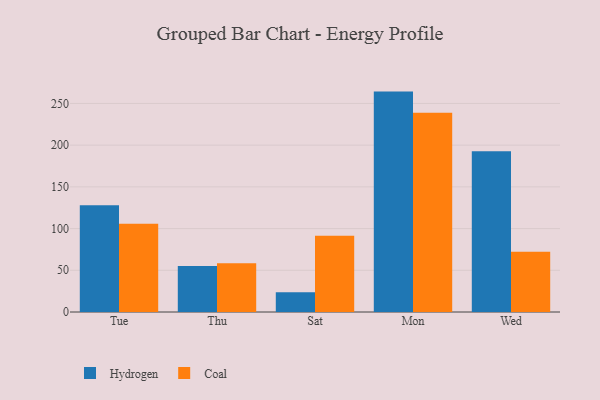
{"axis": {"x": "Day", "y": "Tickets Resolved"}, "legend": ["Coal", "Hydrogen"], "data": [{"x": "Tue", "y": 127.9, "type": "Hydrogen"}, {"x": "Tue", "y": 105.7, "type": "Coal"}, {"x": "Thu", "y": 55.1, "type": "Hydrogen"}, {"x": "Thu", "y": 58.3, "type": "Coal"}, {"x": "Sat", "y": 23.8, "type": "Hydrogen"}, {"x": "Sat", "y": 91.3, "type": "Coal"}, {"x": "Mon", "y": 264.2, "type": "Hydrogen"}, {"x": "Mon", "y": 238.9, "type": "Coal"}, {"x": "Wed", "y": 192.8, "type": "Hydrogen"}, {"x": "Wed", "y": 72.2, "type": "Coal"}]}